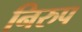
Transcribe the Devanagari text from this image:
निरुप